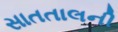
સાતતાલની